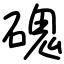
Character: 磈